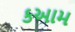
કઆમ